Report on the cultivation of protesoma, Labbé, in grey mosquitoes
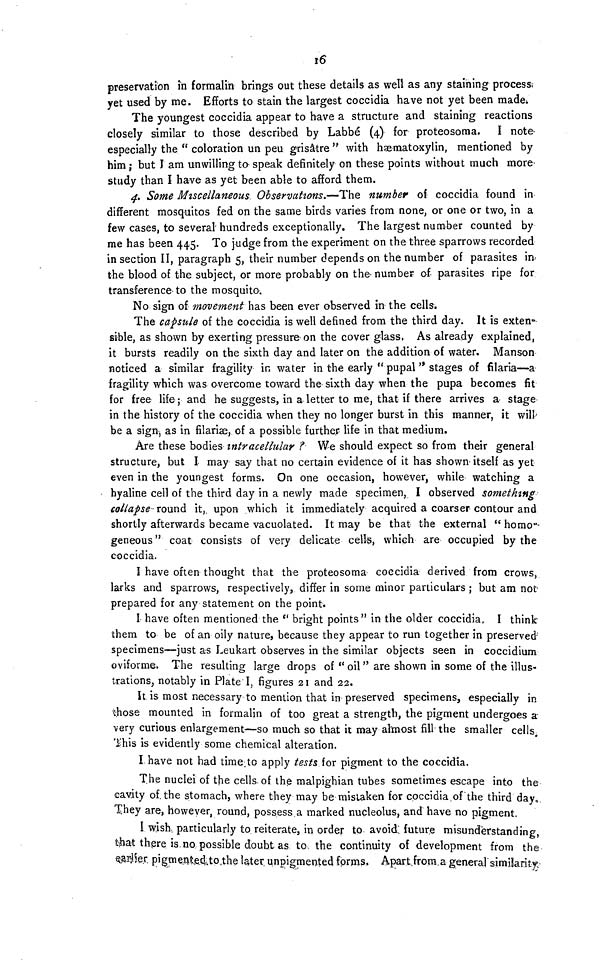
16
preservation in formalin brings out these details as well as any staining process,
yet used by me. Efforts to stain the largest coccidia have not yet been made.
The youngest coccidia appear to have a structure and staining reactions
closely similar to those described by Labbé (4) for proteosoma. I note-
especially the " coloration un peu grisâtre " with hæmato-xylin, mentioned by
him ; but I am unwilling ta speak definitely on these points without much more-
study than I have as yet been able to afford them.
4. Some Miscellaneous Observations.—The number of coccidia found in
different mosquitos fed on the same birds varies from none, or one or two, in a
few cases, to several hundreds exceptionally. The largest number counted by
me has been 445. To judge from the experiment on the three sparrows recorded
in section II, paragraph 5, their number depends on the number of parasites in-
the blood of the subject, or more probably on the number of parasites ripe for
transference to the mosquito.
No sign of movement has been ever observed in the cells.
The capsule of the coccidia is well defined from the third day. It is exten-
sible, as shown by exerting pressure on the cover glass. As already explained,
it bursts readily on the sixth day and later on the addition of water. Manson
noticed a similar fragility in water in the early " pupal " stages of filaría—a
fragility which was overcome toward the sixth day when the pupa becomes fit
for free life; and he suggests, in a letter to me, that if there arrives a stage
in the history of the coccidia when they no longer burst in this manner, it will
be a sign, as in filariæ, of a possible further life in that medium.
Are these bodies intracellular ? We should expect so from their general
structure, but I may say that no certain evidence of it has shown itself as yet
even in the youngest forms. On one occasion, however, while watching a
hyaline cell of the third day in a newly made specimen, I observed something
collapse- round it, upon which it immediately acquired a coarser contour and
shortly afterwards became vacuolated. It may be that the external " homo-
geneous " coat consists of very delicate cells, which are occupied by the
coccidia.
I have often thought that the proteosoma coecidia derived from crows,
larks and sparrows, respectively, differ in some minor particulars ; but am not-
prepared for any statement on the point.
I have often mentioned the "bright points" in the older coccidia, I think
them to be of an oily nature, because they appear to run together in preserved
specimens—just as Leukart observes in the similar objects seen in coccidium
oviforme. The resulting large drops of " oil " are shown in some of the illus-
trations, notably in Plate I, figures 21 and 22.
It is most necessary to mention that in preserved specimens, especially in
those mounted in formalin of too great a strength, the pigment undergoes a
very curious enlargement—so much so that it may almost fill the smaller cells
this is evidently some chemical alteration.
I have not had time to apply tests for pigment to the coccidia.
The nuclei of the cells of the malpighian tubes sometimes escape into the
cavity of the stomach, where they may be mistaken for coccidia of the third day,
They are, however, round, possess a marked nucleolus, and have no pigment.
I wish particularly to reiterate, in order to avoid future misunderstanding,
that there is no possible doubt as to the continuity of development from the
\ill\er pigmented to the later unpigmented forms. Apart from a generalsimilarity